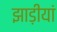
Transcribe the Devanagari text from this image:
झाड़ीयां